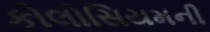
કોલોસિયમની